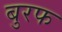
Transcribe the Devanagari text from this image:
बुरफ